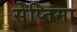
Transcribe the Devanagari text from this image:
सेप्तिमा